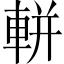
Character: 軿